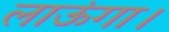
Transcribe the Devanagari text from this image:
लाऊंगा।